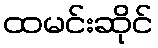
ထမင်းဆိုင်